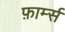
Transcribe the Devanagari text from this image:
फ़ार्म्स